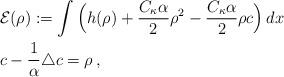
LaTeX: \begin{align*} &\mathcal{E}(\rho):= \int\Big( h(\rho) + \frac{C_\kappa \alpha}{2} \rho ^2 - \frac{C_\kappa \alpha}{2} \rho c\Big)\, dx\\ & c - \frac{1}{\alpha}\triangle c = \rho\, , \end{align*}